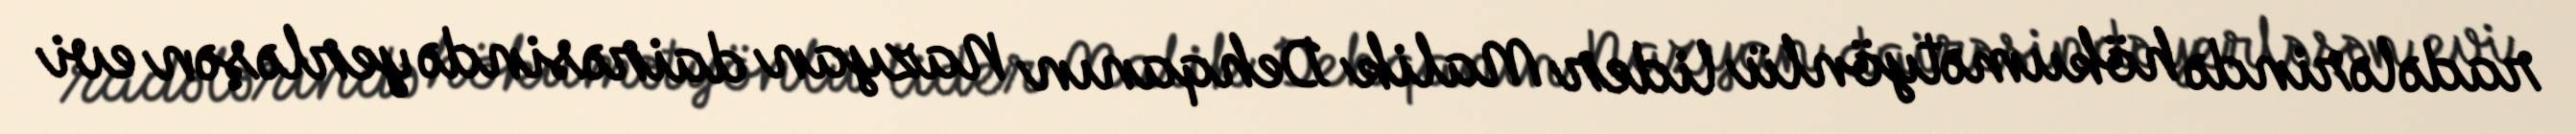
radələrində hökumətyönlü lider Malik Dehqanın Nazyan dairəsində yerləşən evi